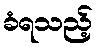
ခံရသည့်